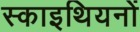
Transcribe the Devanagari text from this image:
स्काइथियनों